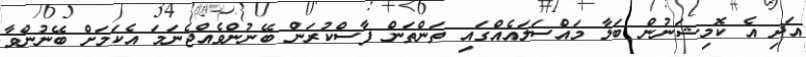
އަދި އެ ކޮމިޝަނުން ބަލާ މައްސަލައެއްގައި ތަންތަން ފާސްކުރަން ބޭނުންވެއްޖެނަމަ އެކަމަށް ބޭނުންވާ